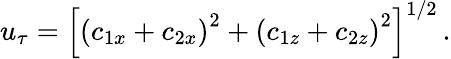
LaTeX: u_{\tau}=\left[\left(c_{1x}+c_{2x}\right)^{2}+\left(c_{1z}+c_{2z}\right)^{2}\right]^{1/2}\, .